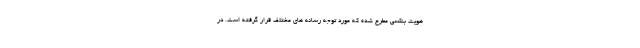
هویت بنکسی مطرح شده که مورد توجه رسانه های مختلف قرار گرفته است. در